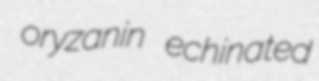
oryzanin echinated